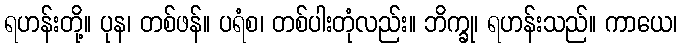
ရဟန်းတို့။ ပုန၊ တစ်ဖန်။ ပရံစ၊ တစ်ပါးတုံလည်း။ ဘိက္ခု၊ ရဟန်းသည်။ ကာယေ၊